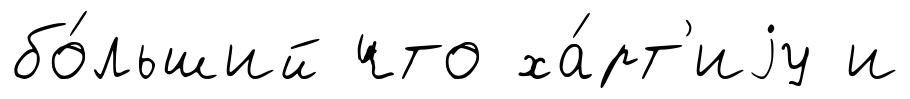
бо́льший что ха́рт'иjу и